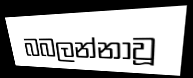
බබලන්නාවූ